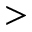
>